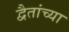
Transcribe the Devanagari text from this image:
द्वैतांच्या